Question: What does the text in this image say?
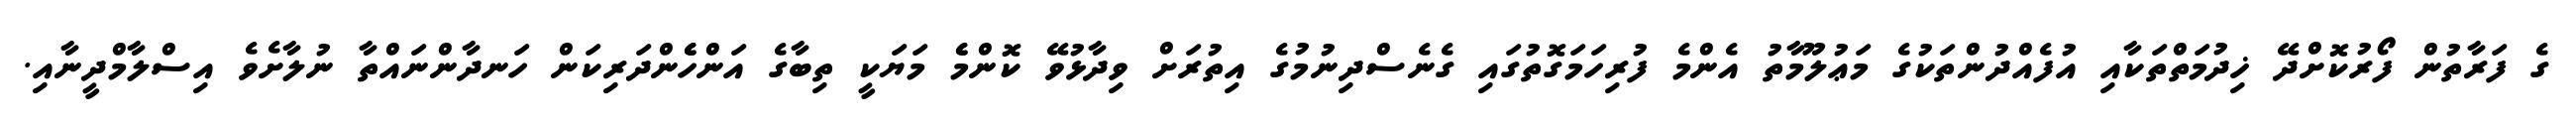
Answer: ގެ ފަރާތުން ފޯރުކޮށްދޭ ޚިދުމަތްތަކާއި އުފެއްދުންތަކުގެ މަޢުލޫމާތު އެންމެ ފުރިހަމަގޮތުގައި ގެނެސްދިނުމުގެ އިތުރަށް ވިދާޅުވޭ ކޮންމެެ މަޔަކީ ތިބާގެ އަންހެެންދަރިކަން ހަނދާންނައްތާ ނުލާށެވެ އިސްލާމްދީނާއި.